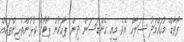
ފޯވާޑް މުހައްމަދު ސަލާހް އެވެ. މިއީ ހެންޑަސަން ދިން ޕާހަކުން ޕޯޓޯގެ ކުޅުންތެރިންތަކެއް